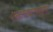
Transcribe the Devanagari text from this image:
पन्हाळ्यापासून